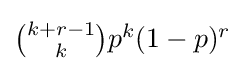
{\textstyle {\binom {k+r-1}{k}}p^{k}(1-p)^{r}}